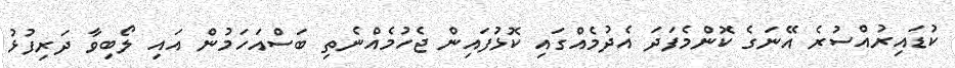
ކުޑައިރުއްސުރެ އޭނަގެ ކޮންމެފަދަ އެދުމެއްގައި ކޮޅުފައިން ޖެހުމެއްނެތި ބަސްއަހަމުން އައި ލޯބިވާ ދަރިފުޅު